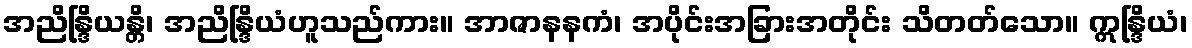
အညိန္ဒြိယန္တိ၊ အညိန္ဒြိယံဟူသည်ကား။ အာဇာနနကံ၊ အပိုင်းအခြားအတိုင်း သိတတ်သော။ ဣန္ဒြိယံ၊